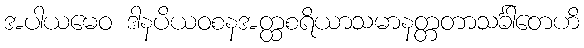
အပါယမေဝ ဒါနပိယဝစနအတ္ထစရိယာသမာနတ္တတာသင်္ခါတေဟိ